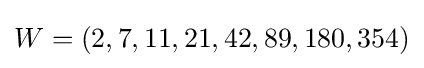
W=(2,7,11,21,42,89,180,354)